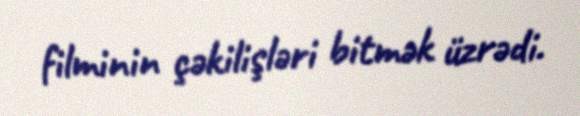
filminin çəkilişləri bitmək üzrədi.